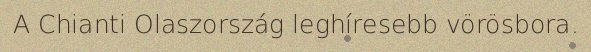
A Chianti Olaszország leghíresebb vörösbora.